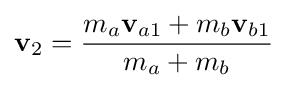
\mathbf {v} _{2}={\frac {m_{a}\mathbf {v} _{a1}+m_{b}\mathbf {v} _{b1}}{m_{a}+m_{b}}}